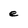
Character: e